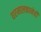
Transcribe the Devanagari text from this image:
घरमालकानेही